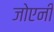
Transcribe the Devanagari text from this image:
जोएनी